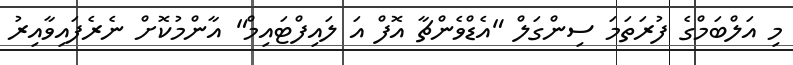
މި އަލްބަމްގެ ފުރަތަމަ ސިންގަލް "އެޑްވެންޗާ އޮފް އަ ލައިފްޓައިމް" އާންމުކޮށް ނެރެފައިވާއިރު